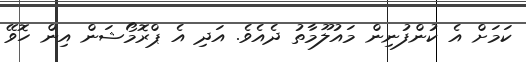
ކަމަށް އެ ކުންފުނިން މައުލޫމާތު ދެއެވެ. އަދި އެ ޕްރޮމޯޝަން އިން ހޮވޭ